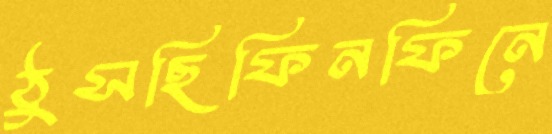
ঠুসছিফিনফিনে